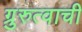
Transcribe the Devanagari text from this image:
ग्रुरुत्वाची